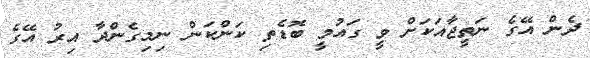
ދެން އޭގެ ނަތީޖާއަކަށް ވީ ގައުމީ ބޮޑެތި ކަންކަން ނިމިގެންދާ އިރު އޭގެ